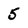
Character: 5